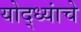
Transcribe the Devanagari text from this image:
योद्ध्यांचे